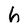
Character: 6